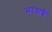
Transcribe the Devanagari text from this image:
भरवाई